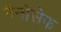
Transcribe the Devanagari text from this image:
नैनोसेफ